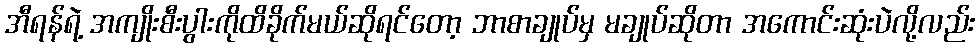
အီရန်ရဲ့ အကျိုးစီးပွါးကိုထိခိုက်မယ်ဆိုရင်တော့ ဘာစာချုပ်မှ မချုပ်ဆိုတာ အကောင်းဆုံးပဲလို့လည်း